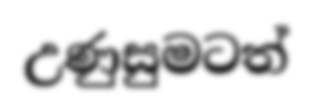
උණුසුමටත්